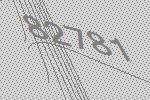
82781